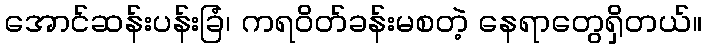
အောင်ဆန်းပန်းခြံ၊ ကရဝိတ်ခန်းမစတဲ့ နေရာတွေရှိတယ်။